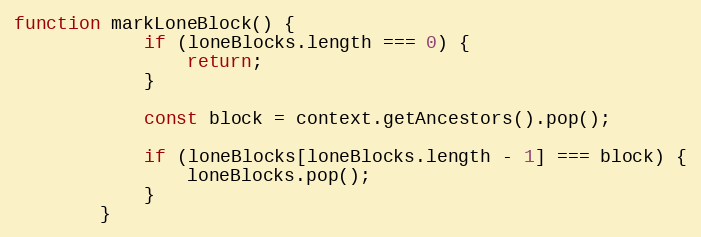
Language: JavaScript
function markLoneBlock() {
            if (loneBlocks.length === 0) {
                return;
            }

            const block = context.getAncestors().pop();

            if (loneBlocks[loneBlocks.length - 1] === block) {
                loneBlocks.pop();
            }
        }